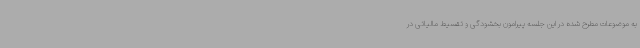
به موضوعات مطرح شده در این جلسه پیرامون بخشودگی و تقسیط مالیاتی در